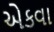
એકવા